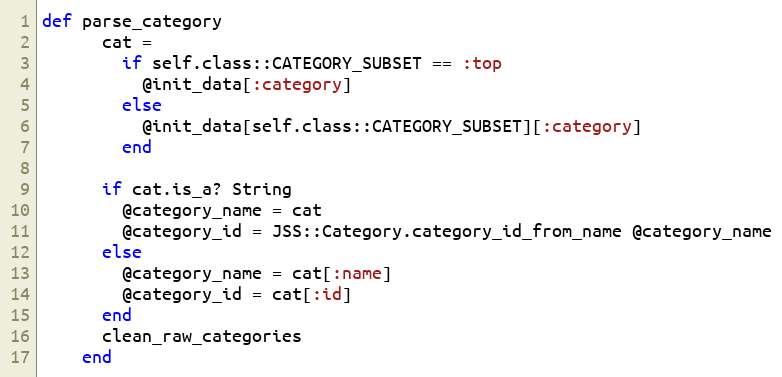
Language: Ruby
def parse_category
      cat =
        if self.class::CATEGORY_SUBSET == :top
          @init_data[:category]
        else
          @init_data[self.class::CATEGORY_SUBSET][:category]
        end

      if cat.is_a? String
        @category_name = cat
        @category_id = JSS::Category.category_id_from_name @category_name
      else
        @category_name = cat[:name]
        @category_id = cat[:id]
      end
      clean_raw_categories
    end